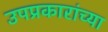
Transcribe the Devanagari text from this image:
उपप्रकारांच्या